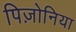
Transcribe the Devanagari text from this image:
पिज़ोनिया